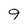
Character: 9